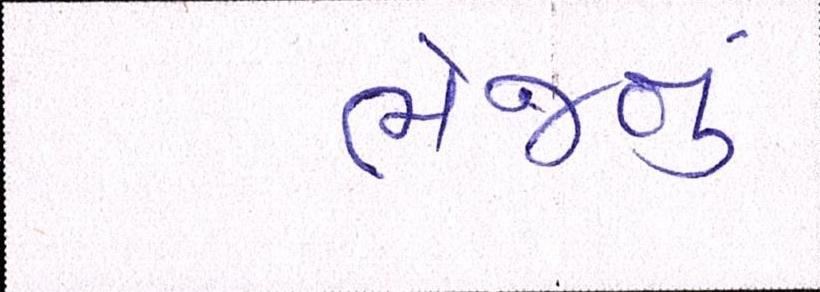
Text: ભેજનું